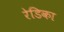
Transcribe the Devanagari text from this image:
रेडिका